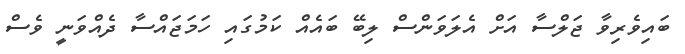
ބައިވެރިވާ ޖަލްސާ އަށް އެލަވަންސް ލިބޭ ބައެއް ކަމުގައި ހަމަޖައްސާ ދެއްވަނީ ވެސް